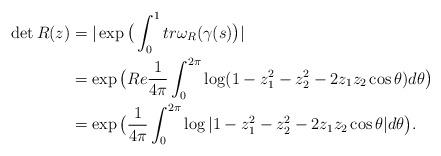
LaTeX: \begin{align*}\det R(z)&=|\exp \big(\int_0^1tr \omega_R(\gamma(s)\big)|\\&=\exp\big(Re\frac{1}{4\pi}\int_0^{2\pi} \log (1-z_1^2-z_2^2-2z_1z_2\cos\theta)d\theta\big)\\&=\exp\big(\frac{1}{4\pi}\int_0^{2\pi} \log |1-z_1^2-z_2^2-2z_1z_2\cos\theta|d\theta\big).\end{align*}